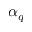
\alpha _ { q }